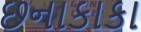
છનાકાકા